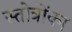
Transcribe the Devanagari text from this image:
स्तोत्रोंका